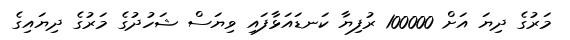
މަރުގެ ދިޔަ އަށް 100000 ރުފިޔާ ކަނޑައަޅާފައި ވިޔަސް ޝަހުދުގެ މަރުގެ ދިޔައިގެ